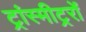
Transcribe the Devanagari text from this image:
ट्रांस्मीट्ररों